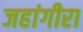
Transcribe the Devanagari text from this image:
जहांगीरा